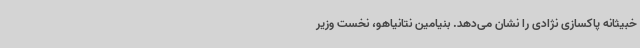
خبیثانه پاکسازی نژادی را نشان می‌دهد. بنیامین نتانیاهو، نخست وزیر